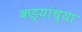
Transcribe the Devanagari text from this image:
कड्यांच्या